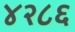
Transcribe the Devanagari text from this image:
४२८६